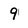
Character: 9